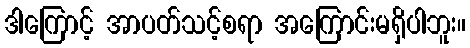
ဒါကြောင့် အာပတ်သင့်စရာ အကြောင်းမရှိပါဘူး။